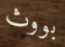
بووث